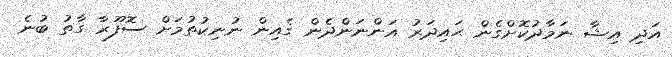
އަދި އިޝާ ނަމާދުކޮށްގެން ޙައިދަރު އަންނަންދެން ގެއިން ނުނިކުތުމަށް ސޮފޫރާ ގާތު ބުނެ